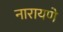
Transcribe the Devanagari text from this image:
नारायणे